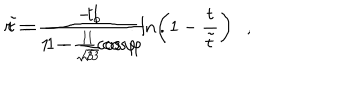
LaTeX: r = \frac { - 1 } { 1 - \frac { 1 } { \sqrt { 3 } } \cos { \varphi } } \ln \left( 1 - \frac { t } { \tilde { t } } \right) , \hspace { . 2 i n } \tilde { t } = \frac { t _ { o } } { 1 - \frac { 1 } { \sqrt { 3 } } \cos { \varphi } } .